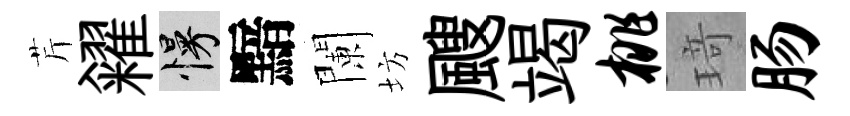
芹糴慢黯闌坊颼竭桃𤦺肠